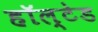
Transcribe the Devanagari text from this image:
हॉल्टेड